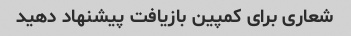
شعاری برای کمپین بازیافت پیشنهاد دهید